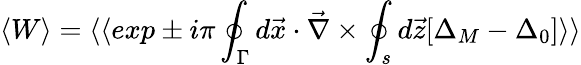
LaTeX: \langle W\rangle=\langle\langle exp\pm i\pi\oint_{\Gamma}d\vec{x}\cdot\vec{\nabla}\times\oint_{s}d\vec{z}[\Delta_{M}-\Delta_{0}]\rangle\rangle